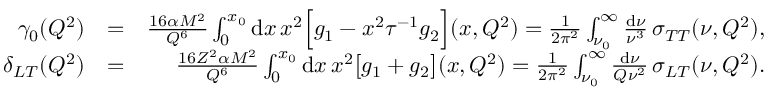
\begin{array} { r l r } { \gamma _ { 0 } ( Q ^ { 2 } ) } & { = } & { \frac { 1 6 \alpha M ^ { 2 } } { Q ^ { 6 } } \int _ { 0 } ^ { x _ { 0 } } \mathrm { d } x \, x ^ { 2 } \Big [ g _ { 1 } - x ^ { 2 } \tau ^ { - 1 } g _ { 2 } \Big ] ( x , Q ^ { 2 } ) = \frac { 1 } { 2 \pi ^ { 2 } } \int _ { \nu _ { 0 } } ^ { \infty } \frac { \mathrm { d } \nu } { \nu ^ { 3 } } \, \sigma _ { T T } ( \nu , Q ^ { 2 } ) , } \\ { \delta _ { L T } ( Q ^ { 2 } ) } & { = } & { \frac { 1 6 Z ^ { 2 } \alpha M ^ { 2 } } { Q ^ { 6 } } \int _ { 0 } ^ { x _ { 0 } } \mathrm { d } x \, x ^ { 2 } \big [ g _ { 1 } + g _ { 2 } \big ] ( x , Q ^ { 2 } ) = \frac { 1 } { 2 \pi ^ { 2 } } \int _ { \nu _ { 0 } } ^ { \infty } \frac { \mathrm { d } \nu } { Q \nu ^ { 2 } } \, \sigma _ { L T } ( \nu , Q ^ { 2 } ) . } \end{array}